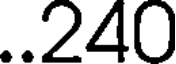
..240